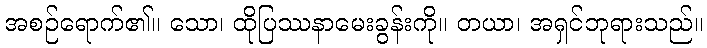
အစဉ်ရောက်၏။ သော၊ ထိုပြဿနာမေးခွန်းကို။ တယာ၊ အရှင်ဘုရားသည်။